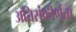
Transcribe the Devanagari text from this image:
अतिसंकीर्णता